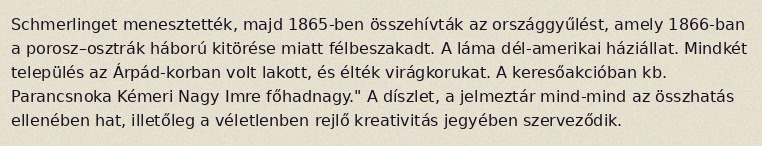
Schmerlinget menesztették, majd 1865-ben összehívták az országgyűlést, amely 1866-ban a porosz–osztrák háború kitörése miatt félbeszakadt. A láma dél-amerikai háziállat. Mindkét település az Árpád-korban volt lakott, és élték virágkorukat. A keresőakcióban kb. Parancsnoka Kémeri Nagy Imre főhadnagy." A díszlet, a jelmeztár mind-mind az összhatás ellenében hat, illetőleg a véletlenben rejlő kreativitás jegyében szerveződik.